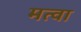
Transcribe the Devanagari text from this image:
मत्वा